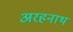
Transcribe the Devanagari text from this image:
अरहनाथ